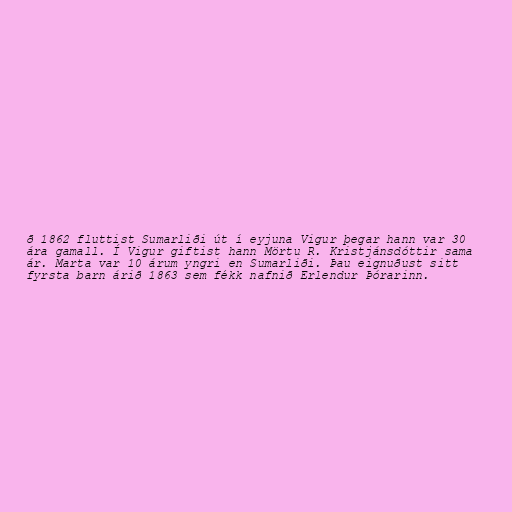
ð 1862 fluttist Sumarliði út í eyjuna Vigur þegar hann var 30
ára gamall. Í Vigur giftist hann Mörtu R. Kristjánsdóttir sama
ár. Marta var 10 árum yngri en Sumarliði. Þau eignuðust sitt
fyrsta barn árið 1863 sem fékk nafnið Erlendur Þórarinn.